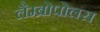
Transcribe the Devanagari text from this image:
लैम्ब्रोपोलस